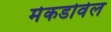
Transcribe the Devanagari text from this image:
मेकडोवेल